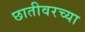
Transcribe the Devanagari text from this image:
छातीवरच्या